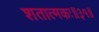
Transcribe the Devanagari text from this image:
शतात्मकः॥३१॥